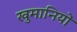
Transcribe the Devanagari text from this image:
खुमानियों